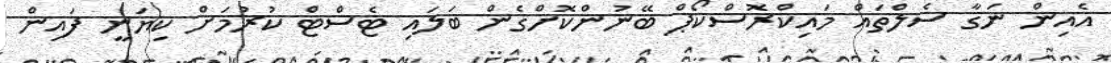
އެއިން ނަގާ ސެލްތައް މައިކްރޮސްކޯޕް ބޭނުންކޮށްގެން ބަލައި ޓެސްޓް ކުރުމަށް ކިޔަނީ ފައިން